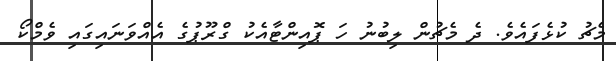
މެޗު ކުޅެފައެވެ. ދެ މެޗުން ލިބުނު ހަ ޕޮއިންޓާއެކު ގްރޫޕުގެ އެއްވަނައިގައި ވެމްކޯ